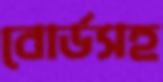
বোর্ডসহ